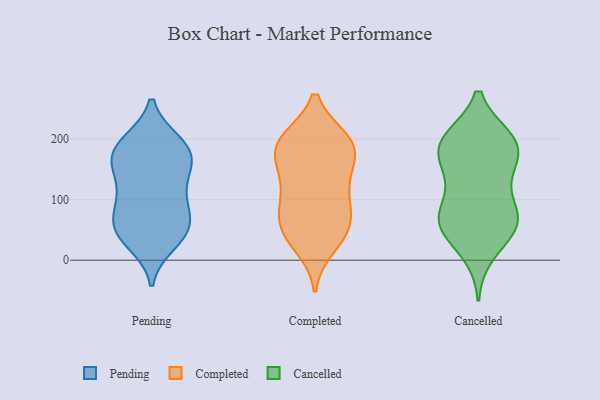
{"axis": {"x": "Inventory Turnover", "y": "Value"}, "legend": ["Cancelled", "Completed", "Pending"], "data": [{"x": "", "y": 163, "type": "Pending"}, {"x": "", "y": 189, "type": "Pending"}, {"x": "", "y": 99, "type": "Pending"}, {"x": "", "y": 68, "type": "Pending"}, {"x": "", "y": 183, "type": "Pending"}, {"x": "", "y": 144, "type": "Pending"}, {"x": "", "y": 161, "type": "Pending"}, {"x": "", "y": 105, "type": "Pending"}, {"x": "", "y": 46, "type": "Pending"}, {"x": "", "y": 51, "type": "Pending"}, {"x": "", "y": 194, "type": "Pending"}, {"x": "", "y": 56, "type": "Pending"}, {"x": "", "y": 43, "type": "Pending"}, {"x": "", "y": 151, "type": "Pending"}, {"x": "", "y": 190, "type": "Pending"}, {"x": "", "y": 96, "type": "Pending"}, {"x": "", "y": 29, "type": "Pending"}, {"x": "", "y": 168, "type": "Completed"}, {"x": "", "y": 150, "type": "Completed"}, {"x": "", "y": 200, "type": "Completed"}, {"x": "", "y": 161, "type": "Completed"}, {"x": "", "y": 90, "type": "Completed"}, {"x": "", "y": 200, "type": "Completed"}, {"x": "", "y": 200, "type": "Completed"}, {"x": "", "y": 132, "type": "Completed"}, {"x": "", "y": 38, "type": "Completed"}, {"x": "", "y": 196, "type": "Completed"}, {"x": "", "y": 53, "type": "Completed"}, {"x": "", "y": 36, "type": "Completed"}, {"x": "", "y": 86, "type": "Completed"}, {"x": "", "y": 60, "type": "Completed"}, {"x": "", "y": 123, "type": "Completed"}, {"x": "", "y": 68, "type": "Completed"}, {"x": "", "y": 198, "type": "Completed"}, {"x": "", "y": 96, "type": "Completed"}, {"x": "", "y": 22, "type": "Completed"}, {"x": "", "y": 178, "type": "Completed"}, {"x": "", "y": 133, "type": "Cancelled"}, {"x": "", "y": 71, "type": "Cancelled"}, {"x": "", "y": 199, "type": "Cancelled"}, {"x": "", "y": 200, "type": "Cancelled"}, {"x": "", "y": 76, "type": "Cancelled"}, {"x": "", "y": 60, "type": "Cancelled"}, {"x": "", "y": 47, "type": "Cancelled"}, {"x": "", "y": 81, "type": "Cancelled"}, {"x": "", "y": 199, "type": "Cancelled"}, {"x": "", "y": 52, "type": "Cancelled"}, {"x": "", "y": 157, "type": "Cancelled"}, {"x": "", "y": 197, "type": "Cancelled"}, {"x": "", "y": 186, "type": "Cancelled"}, {"x": "", "y": 70, "type": "Cancelled"}, {"x": "", "y": 143, "type": "Cancelled"}, {"x": "", "y": 12, "type": "Cancelled"}, {"x": "", "y": 177, "type": "Cancelled"}]}